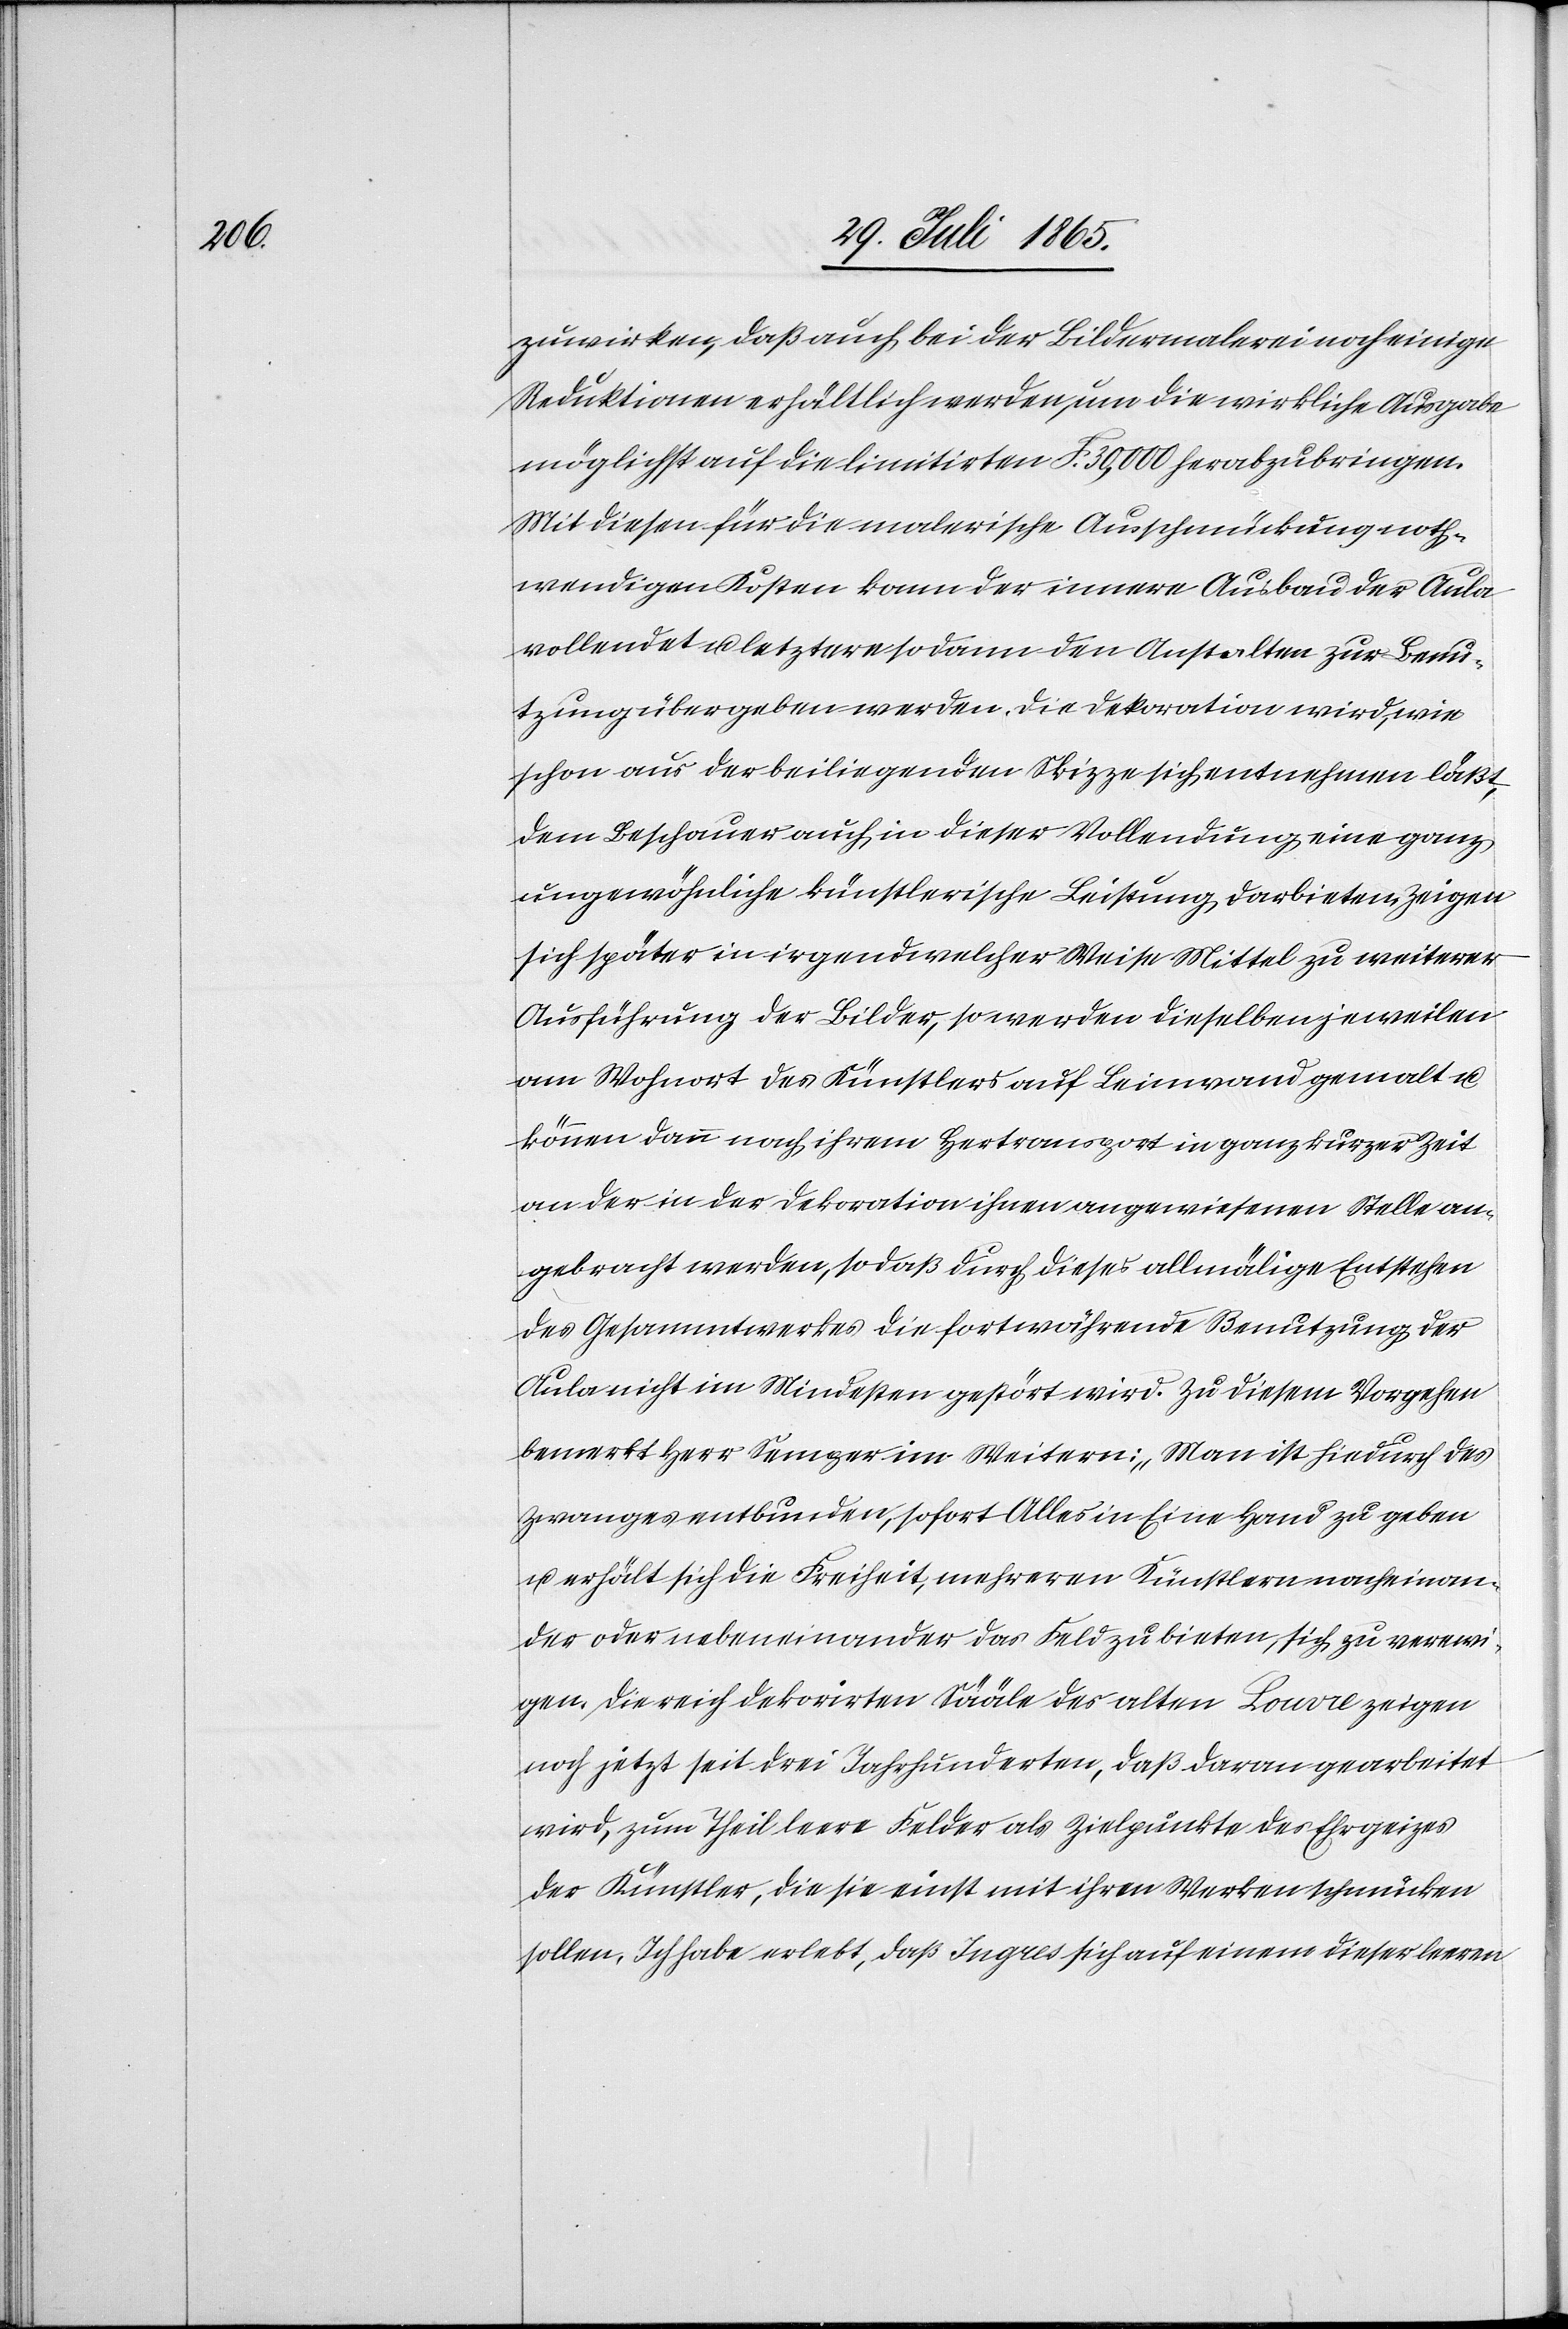
zuwirken, daß auch bei der Bildermalerei noch einige
Reduktionen erhältlich werden, um die wirkliche Ausgabe
möglichst auf die limitirten F. 30,000 herabzubringen.
Mit diesen für die malerische Ausschmückung noth¬
wendigen Kosten kann der innere Ausbau der Aula
vollendet u. letztere sodann den Anstalten zur Benu¬
tzung übergeben werden. Die Dekoration wird, wie
schon aus der beiliegenden Skizze sich entnehmen läßt,
dem Beschauer auch in dieser Vollendung eine ganz
ungewöhnliche künstlerische Leistung darbieten. Zeigen
sich später in irgendwelcher Weise Mittel zu weiterer
Ausführung der Bilder, so werden dieselben jeweilen
am Wohnort des Künstlers auf Leinwand gemalt u.
können dann nach ihrem Hertransport in ganz kurzer Zeit
an der in der Dekoration ihnen angewiesenen Stelle an¬
gebracht werden, so daß durch dieses allmälige Entstehen
des Gesammtwerkes die fortwährende Benutzung der
Aula nicht im Mindesten gestört wird. Zu diesem Vorgehen
bemerkt Herr Semper im Weitern: „Man ist hiedurch des
Zwanges entbunden, sofort Alles in Eine Hand zu geben
u. erhält sich die Freiheit, mehreren Künstlern nacheinan¬
der oder nebeneinander das Feld zu bieten, sich zu verewi¬
gen. Die reich dekorirten Sääle der alten Louvre zeigen
noch jetzt seit drei Jahrhunderten, daß daran gearbeitet
wird, zum Theil leere Felder als Zielpunkte des Ehrgeizes
der Künstler, die sie einst mit ihren Werken schmücken
sollen. Ich habe erlebt, daß Ingres sich auf einem dieser leeren